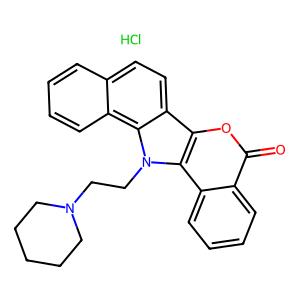
SMILES: Cl.O=c1oc2c3ccc4ccccc4c3n(CCN3CCCCC3)c2c2ccccc12
Inhibits HIV replication: No